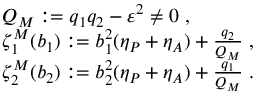
\begin{array} { r l } & { Q _ { M } : = q _ { 1 } q _ { 2 } - \varepsilon ^ { 2 } \neq 0 \; , } \\ & { \zeta _ { 1 } ^ { M } ( b _ { 1 } ) : = b _ { 1 } ^ { 2 } ( \eta _ { P } + \eta _ { A } ) + \frac { q _ { 2 } } { Q _ { M } } \; , } \\ & { \zeta _ { 2 } ^ { M } ( b _ { 2 } ) : = b _ { 2 } ^ { 2 } ( \eta _ { P } + \eta _ { A } ) + \frac { q _ { 1 } } { Q _ { M } } \; . } \end{array}